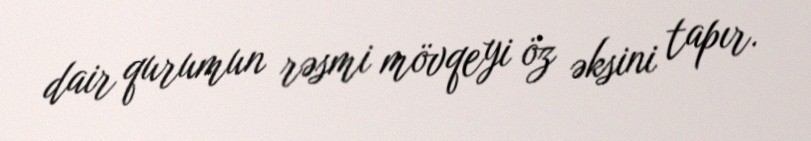
dair qurumun rəsmi mövqeyi öz əksini tapır.